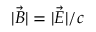
| \vec { B } | = | \vec { E } | / c